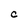
Character: C